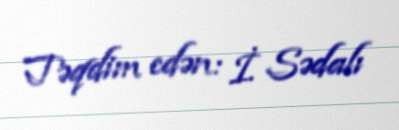
Təqdim edən: İ. Sədalı